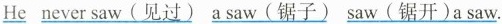
\underline{He} \underline{ never saw(见过)} \underline{a saw(锯子)} \underline{saw(锯开)a saw.}